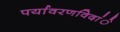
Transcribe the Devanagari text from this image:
पर्यावरणविदांे